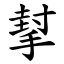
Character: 㨍